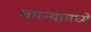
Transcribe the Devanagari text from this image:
धमन्यामध्ये